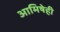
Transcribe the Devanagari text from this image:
आमिषेही